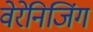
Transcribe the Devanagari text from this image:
वेरेनिजिंग